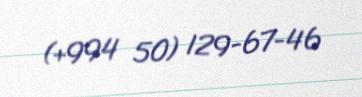
(+994 50) 129-67-46